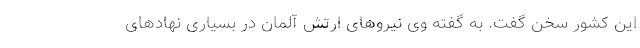
این کشور سخن گفت. به گفته وی نیروهای ارتش آلمان در بسیاری نهادهای